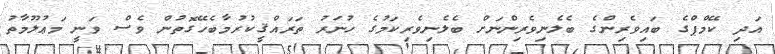
އަދި ކޭމްޕްގެ ބައިވެރިންގެ ބެލެނިވެރިންނަށް ބެލެނިވެރިކަމުގެ ހުނަރު ތަރައްޤީކުރުމާބެހޭގޮތުން ވެސް ވަނީ މަޢުލޫމާތު